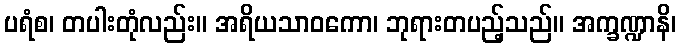
ပရံစ၊ တပါးတုံလည်း။ အရိယသာဝကော၊ ဘုရားတပည့်သည်။ အက္ခဏ္ဍာနိ၊